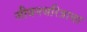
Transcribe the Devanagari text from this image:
जीवनचरित्राचा